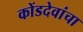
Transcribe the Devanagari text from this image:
कोंडदेवांचा